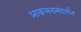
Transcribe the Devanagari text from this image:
आकलनासंदर्भात